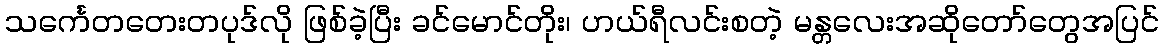
သင်္ကေတတေးတပုဒ်လို ဖြစ်ခဲ့ပြီး ခင်မောင်တိုး၊ ဟယ်ရီလင်းစတဲ့ မန္တလေးအဆိုတော်တွေအပြင်